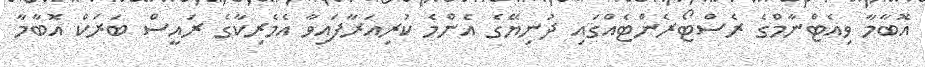
އޮބާމާ ވިއެޓްނާމްގެ ރެސްޓޯރެންޓެއްގައި ދުނިޔޭގެ އެންމެ ކުރިއަރާފައިވާ އެމެރިކާގެ ރައީސް ބަރަކް އޮބާމާ